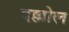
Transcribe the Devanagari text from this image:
दल्लोल